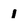
Character: l